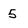
Character: 5